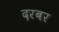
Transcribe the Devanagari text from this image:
दरबर